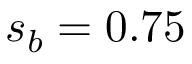
s _ { b } = 0 . 7 5